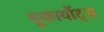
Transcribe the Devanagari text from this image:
यूकार्योट्स